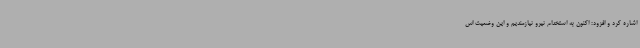
اشاره کرد و افزود: اکنون به استخدام نیرو نیازمندیم و این وضعیت اس